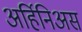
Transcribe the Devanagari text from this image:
अर्हिनिअस